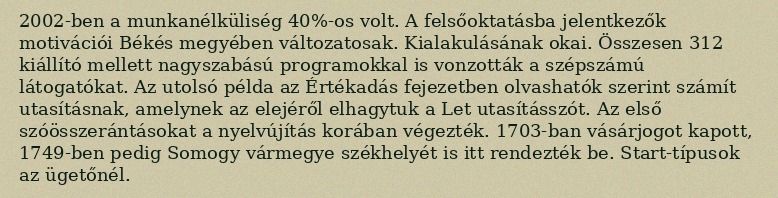
2002-ben a munkanélküliség 40%-os volt. A felsőoktatásba jelentkezők motivációi Békés megyében változatosak. Kialakulásának okai. Összesen 312 kiállító mellett nagyszabású programokkal is vonzották a szépszámú látogatókat. Az utolsó példa az Értékadás fejezetben olvashatók szerint számít utasításnak, amelynek az elejéről elhagytuk a Let utasításszót. Az első szóösszerántásokat a nyelvújítás korában végezték. 1703-ban vásárjogot kapott, 1749-ben pedig Somogy vármegye székhelyét is itt rendezték be. Start-típusok az ügetőnél.